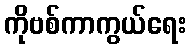
ကိုဗစ်ကာကွယ်ရေး